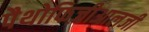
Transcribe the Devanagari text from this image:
पैथोफिज़ीआलजी